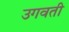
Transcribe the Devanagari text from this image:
उगवती